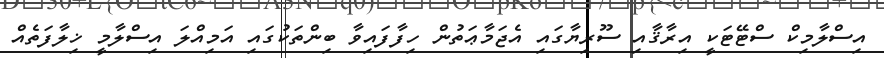
އިސްލާމިކް ސްޓޭޓަކީ އިރާޤާއި ސޫރިޔާގައި އެޖަމާޢަތުން ހިފާފައިވާ ބިންތަކުގައި އަމިއްލަ އިސްލާމީ ޚިލާފަތެއް